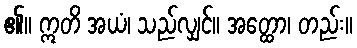
၏။ ဣတိ အယံ၊ သည်လျှင်။ အတ္ထော၊ တည်း။